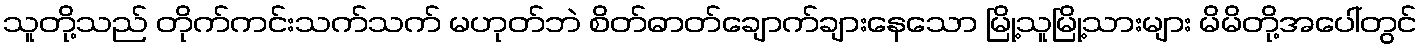
သူတို့သည် တိုက်ကင်းသက်သက် မဟုတ်ဘဲ စိတ်ဓာတ်ချောက်ချားနေသော မြို့သူမြို့သားများ မိမိတို့အပေါ်တွင်